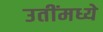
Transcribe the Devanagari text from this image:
उतींमध्ये